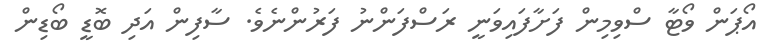
އޯޕަން ވޯޓާ ސްވިމިން ފަށާފައިވަނީ ރަސްފަންނު ފަރުންނެވެ. ސާފިން އަދި ބޮޑީ ބޯޑިން